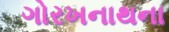
ગોરખનાથના